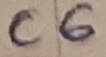
Text: C6